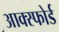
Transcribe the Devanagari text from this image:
आक्स्फोर्ड